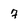
Character: 7